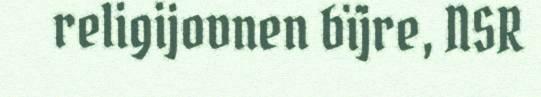
religijovnen bïjre, NSR